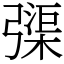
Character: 㣄